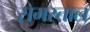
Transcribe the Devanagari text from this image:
सेमरताल